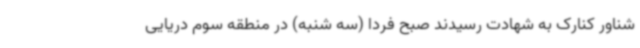
شناور کنارک به شهادت رسیدند صبح فردا (سه شنبه) در منطقه سوم دریایی